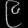
Digit: ၉